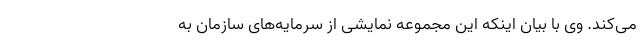
می‌کند. وی با بیان اینکه این مجموعه نمایشی از سرمایه‌های سازمان به